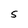
Character: S